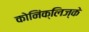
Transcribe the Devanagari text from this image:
कोनिंक्लिज्के